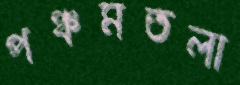
পঞ্চমতলা